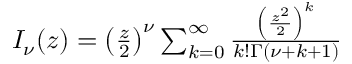
\begin{array} { r } { I _ { \nu } ( z ) = \left( \frac { z } { 2 } \right) ^ { \nu } \sum _ { k = 0 } ^ { \infty } \frac { \left( \frac { z ^ { 2 } } { 2 } \right) ^ { k } } { k ! \Gamma ( \nu + k + 1 ) } } \end{array}